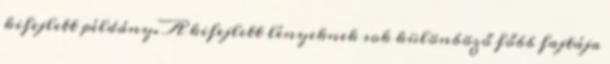
kifejlett példány. A kifejlett lényeknek sok különböző főbb fajtája